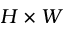
H \times W